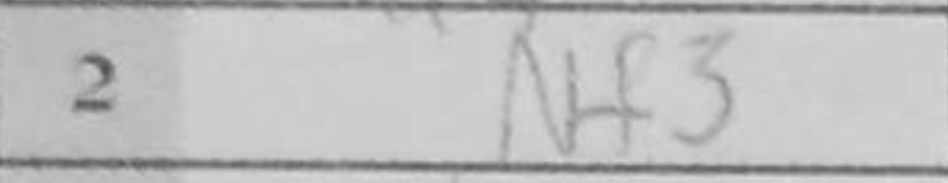
Transcription: Nf3